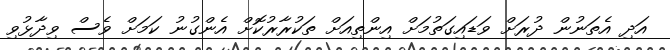
އަދި އެތަނުން ދުރަށް ވަޑައިގަތުމަށް އިންތިއަށް ތަކުރާރުކޮށް އެންގުނު ކަމަށް ވެސް ވިދާޅުވި